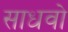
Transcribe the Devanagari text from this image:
साधवो